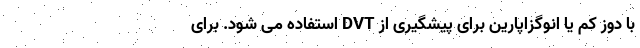
با دوز کم یا انوگزاپارین برای پیشگیری از DVT استفاده می شود. برای